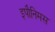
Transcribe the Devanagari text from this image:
इपौनिमस